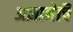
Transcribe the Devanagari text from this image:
अज्ञानेचि